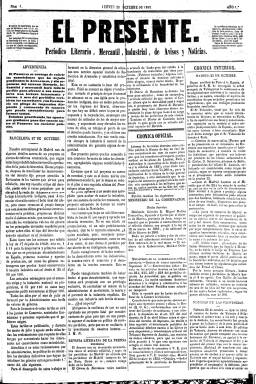
Título: El Presente (Barcelona)
Colección: Periódicos
Ámbito geográfico: Barcelona
Lugar de publicación: Barcelona
Fechas: 28/10/1852-29/06/1854

Empieza a publicarse el 28 de octubre de 1852, en sustitución de La Actualidad (1852), que había sido suspendida por real orden del día 23, al ser acusada por el obispo de Barcelona de atentar contra la religión y los derechos del Papa como soberano temporal. La única diferencia entre uno y otro diario será el título y aunque al principio su subtítulo indique “periódico literario, mercantil, industrial, de avisos y noticias”, anuncia que está haciendo gestiones para que cuanto antes tenga también “carácter político.”

Y tal es así que desde el uno de enero de 1853, El Presente, que se había hecho cargo de las suscripciones de La Actualidad, desde el uno de enero de 1853 adoptará el mismo subtítulo que este (periódico político) y sus mismos lemas: “libertad, tolerancia, progreso”. Además, aparecerá indicado desde ese día como su editor responsable José Elías.

Al igual que en La Actualidad, sus principales redactores serán el médico, escritor y político Antoni Ribot i Fontseré (1813-1871) y el también escritor Joaquín María Nin, quien firmará ya el artículo de fondo o editorial de su primer número. Por otra parte, el uno de enero de 1853, en el diario se informará que Ribot no se había separado de la redacción del diario, sino que se había trasladado a Madrid, desde donde enviará sus artículos-editoriales, que seguirán publicándose bajo sus iniciales. Luego, en el periodo 1854-1856 será diputado en las Cortes constituyentes.

Una de las características tanto de La Actualidad como ahora de El Presente es el uso de las iniciales de los autores de sus artículos, y además de los de sus dos principales redactores ya citados, aparecerán otras, como G.P. y M., J.B.G. o L.F. Asimismo, El Presente continuará estando adscrito al progresismo demócrata, además de ser una empresa que debió tener importantes recursos económicos a tenor del vasto número de anuncios comerciales que insertaba.

Seguirá siendo también estampado en la Imprenta de Agustí Gaspar, que a partir del siete de enero de 1854 asumirá también el cargo de editor responsable, por lo que su formato material sigue siendo idéntico: en gran folio, con cuatro páginas compuestas a cuatro columnas e igual tipografía.

Comienza cada número con el artículo de fondo y la estructura de sus contenidos y los epígrafes de sus secciones serán también las mismas: Crónica oficial, Crónica interior (Madrid y provincias), Revista de prensa, Crónica exterior, Gacetilla, Comunicado, Boletín de comercio (movimiento portuario y cotizaciones bursátiles), Gacetín urbano (con un Boletín religioso y Anuncios oficiales), Variedades y, al final, Diversiones públicas y los anuncios comerciales.

En el número del 24 de junio de 1854, El Presente anuncia a sus suscritores mejoras en la edición del diario a partir del mes de julio. La última entrega en la colección de la Biblioteca Nacional de España corresponde al 29 de junio, sin embargo siguió publicándose hasta el 20 de julio. A partir de aquí será sustituido por El Constitucional, que, también estampado en la Imprenta de Agustí Gaspar, tomará el subtítulo de “periódico del Partido Liberal” y estuvo publicándose hasta 1856.

Por su parte, Joaquín María Nin, publicará desde el 15 de noviembre de 1855 un diario de la tarde al que le da el título Eco de la actualidad, estampado en la Imprenta de Bosch, al que le seguirá dando su marcado carácter progresista y anticlerical, y que quedará suspendido el 15 de marzo de 1856, tras sufrir la correspondiente “cruzada teocrática”, especialmente a través del diario religioso barcelonés El Áncora (1850-1856).